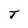
Character: J